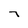
Character: 7